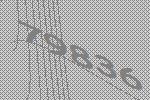
79836